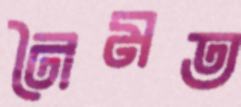
নৈমত